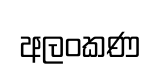
අලංකණ